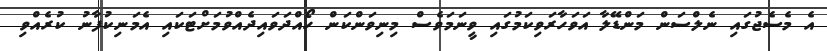
އެ މެސެޖުގައި ނެލްސަން މަންޑޭލާ އަވަހާރަވިކަމުގައި ވީނަމަވެސް މިނިވަންކަން ހޯއްދަވައިދެއްވުމަށްޓަކައި އެމަނިކުފާނު ކުރެއްވި